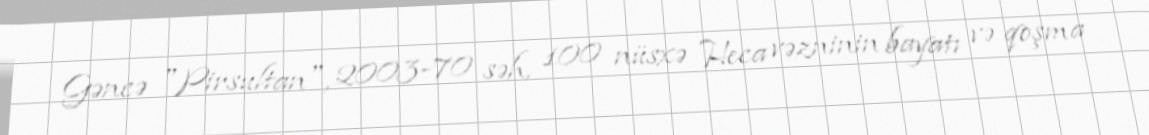
Gəncə "Pirsultan", 2003-70 səh, 100 nüsxə Heca vəzninin bayatı və qoşma